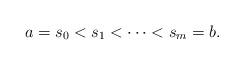
LaTeX: \begin{align*}a = s_0 < s_1 < \cdots < s_m = b.\end{align*}